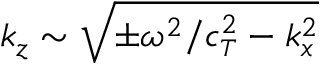
k _ { z } \sim \sqrt { \pm \omega ^ { 2 } / c _ { \scriptscriptstyle T } ^ { 2 } - k _ { x } ^ { 2 } }